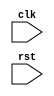
module synchronous_behavioral_block (
    input wire clk,
    input wire rst,
    // other input/output declarations here
);

reg activate; // declare a register to hold the activate signal

// synchronous process triggered on positive edge of clock and negative edge of reset
always @(posedge clk or negedge rst) begin
    if (~rst) begin
        activate <= 0; // deactivate when reset is low
    end else begin
        activate <= 1; // activate when both clock and reset are triggered
    end
end

// other logic and functionality of the module can be implemented here

endmodule